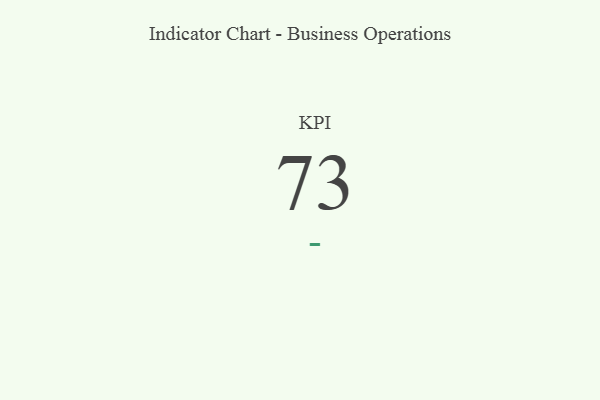
{"axis": {"x": "KPI", "y": "Value"}, "legend": [""], "data": [{"x": "KPI", "y": 73, "type": ""}]}